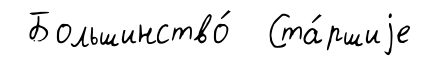
Большинство́ Ста́ршиjе